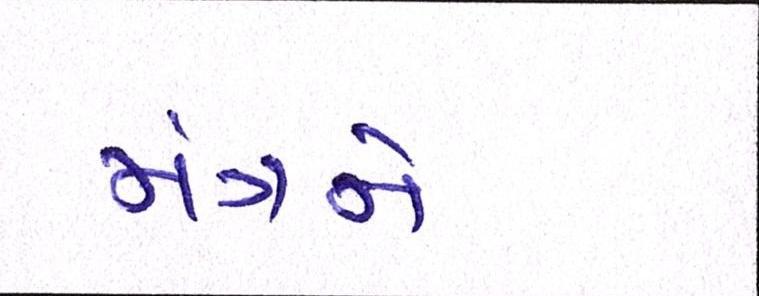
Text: મંત્રને